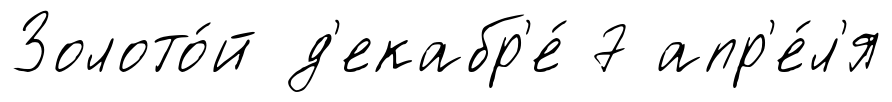
Золото́й д'екабр'е́ 7 апр'е́л'я